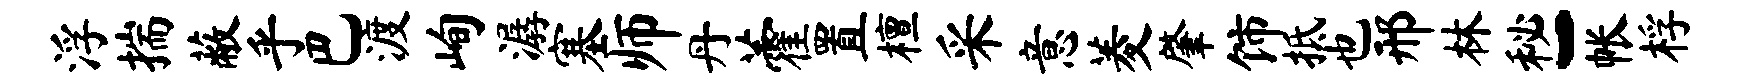
浮揣蔽乎巴渡峋潺塞师丹藿置檀采意菱肇饰抵也邢林秘-帐桴